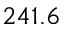
2 4 1 . 6